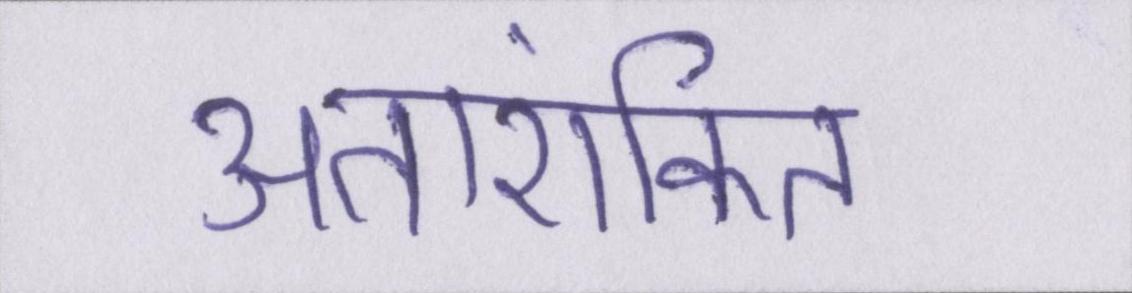
अतारांकित